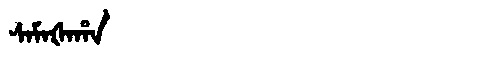
Manchu: ᠰᠠᠮᠠᡧᠠᡥᠠ
Romanization: SAMAŠAHA